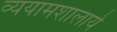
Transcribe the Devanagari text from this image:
व्ययामशालाये